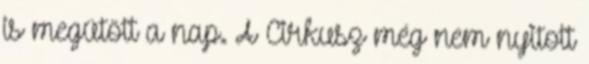
is megütött a nap. A Cirkusz még nem nyitott